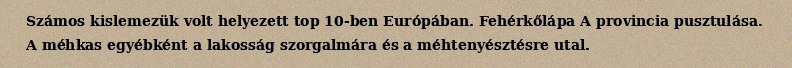
Számos kislemezük volt helyezett top 10-ben Európában. Fehérkőlápa A provincia pusztulása. A méhkas egyébként a lakosság szorgalmára és a méhtenyésztésre utal.